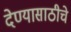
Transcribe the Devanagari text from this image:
देण्यासाठीचे